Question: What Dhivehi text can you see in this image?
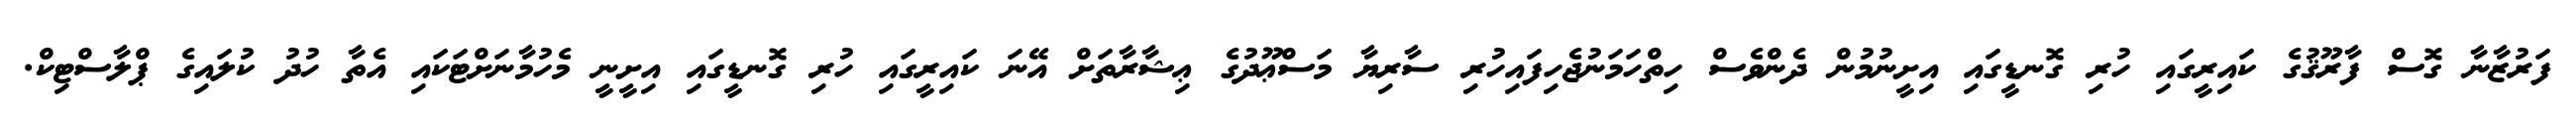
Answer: ފަރުޒާނާ ގޮސް ފާރޫޤުގެ ކައިރީގައި ހުރި ގޮނޑީގައި އިށީނުމުން ދެންވެސް ހިތްހަމަނުޖެހިފައިހުރި ސާރިޔާ މަސްޢޫދުގެ ޢިޝާރާތަށް އޭނަ ކައިރީގައި ހުރި ގޮނޑީގައި އިށީނީ މެހުމާނަށްޓަކައި އެތާ ހުދު ކުލައިގެ ޕްލާސްޓިކް.